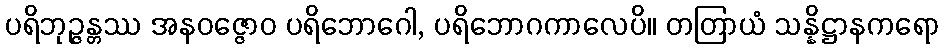
ပရိဘုဉ္ဇန္တဿ အနဝဇ္ဇောဝ ပရိဘောဂေါ, ပရိဘောဂကာလေပိ။ တတြာယံ သန္နိဋ္ဌာနကရော